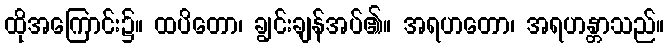
ထိုအကြောင်း၌။ ထပိတော၊ ချွင်းချန်အပ်၏။ အရဟတော၊ အရဟန္တာသည်။